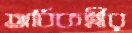
অধিকর্ত্রীর